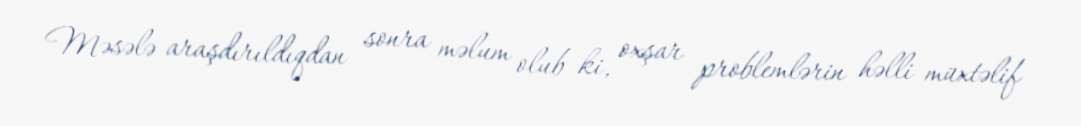
Məsələ araşdırıldıqdan sonra məlum olub ki, oxşar problemlərin həlli müxtəlif